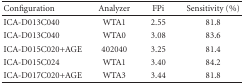
<table><thead><tr><td><b>Configuration</b></td><td><b>Analyzer</b></td><td><b>FPi</b></td><td><b>Sensitivity (%)</b></td></tr></thead><tbody><tr><td> ICA-D013C040</td><td>WTA1</td><td>2.55</td><td>81.8</td></tr><tr><td>ICA-D013C040</td><td>WTA0</td><td>3.08</td><td>83.6</td></tr><tr><td>ICA-D015C020+AGE</td><td>402040</td><td>3.25</td><td>81.4</td></tr><tr><td>ICA-D015C024</td><td>WTA1</td><td>3.40</td><td>84.2</td></tr><tr><td>ICA-D017C020+AGE</td><td>WTA3</td><td>3.44</td><td>81.8</td></tr></tbody></table>